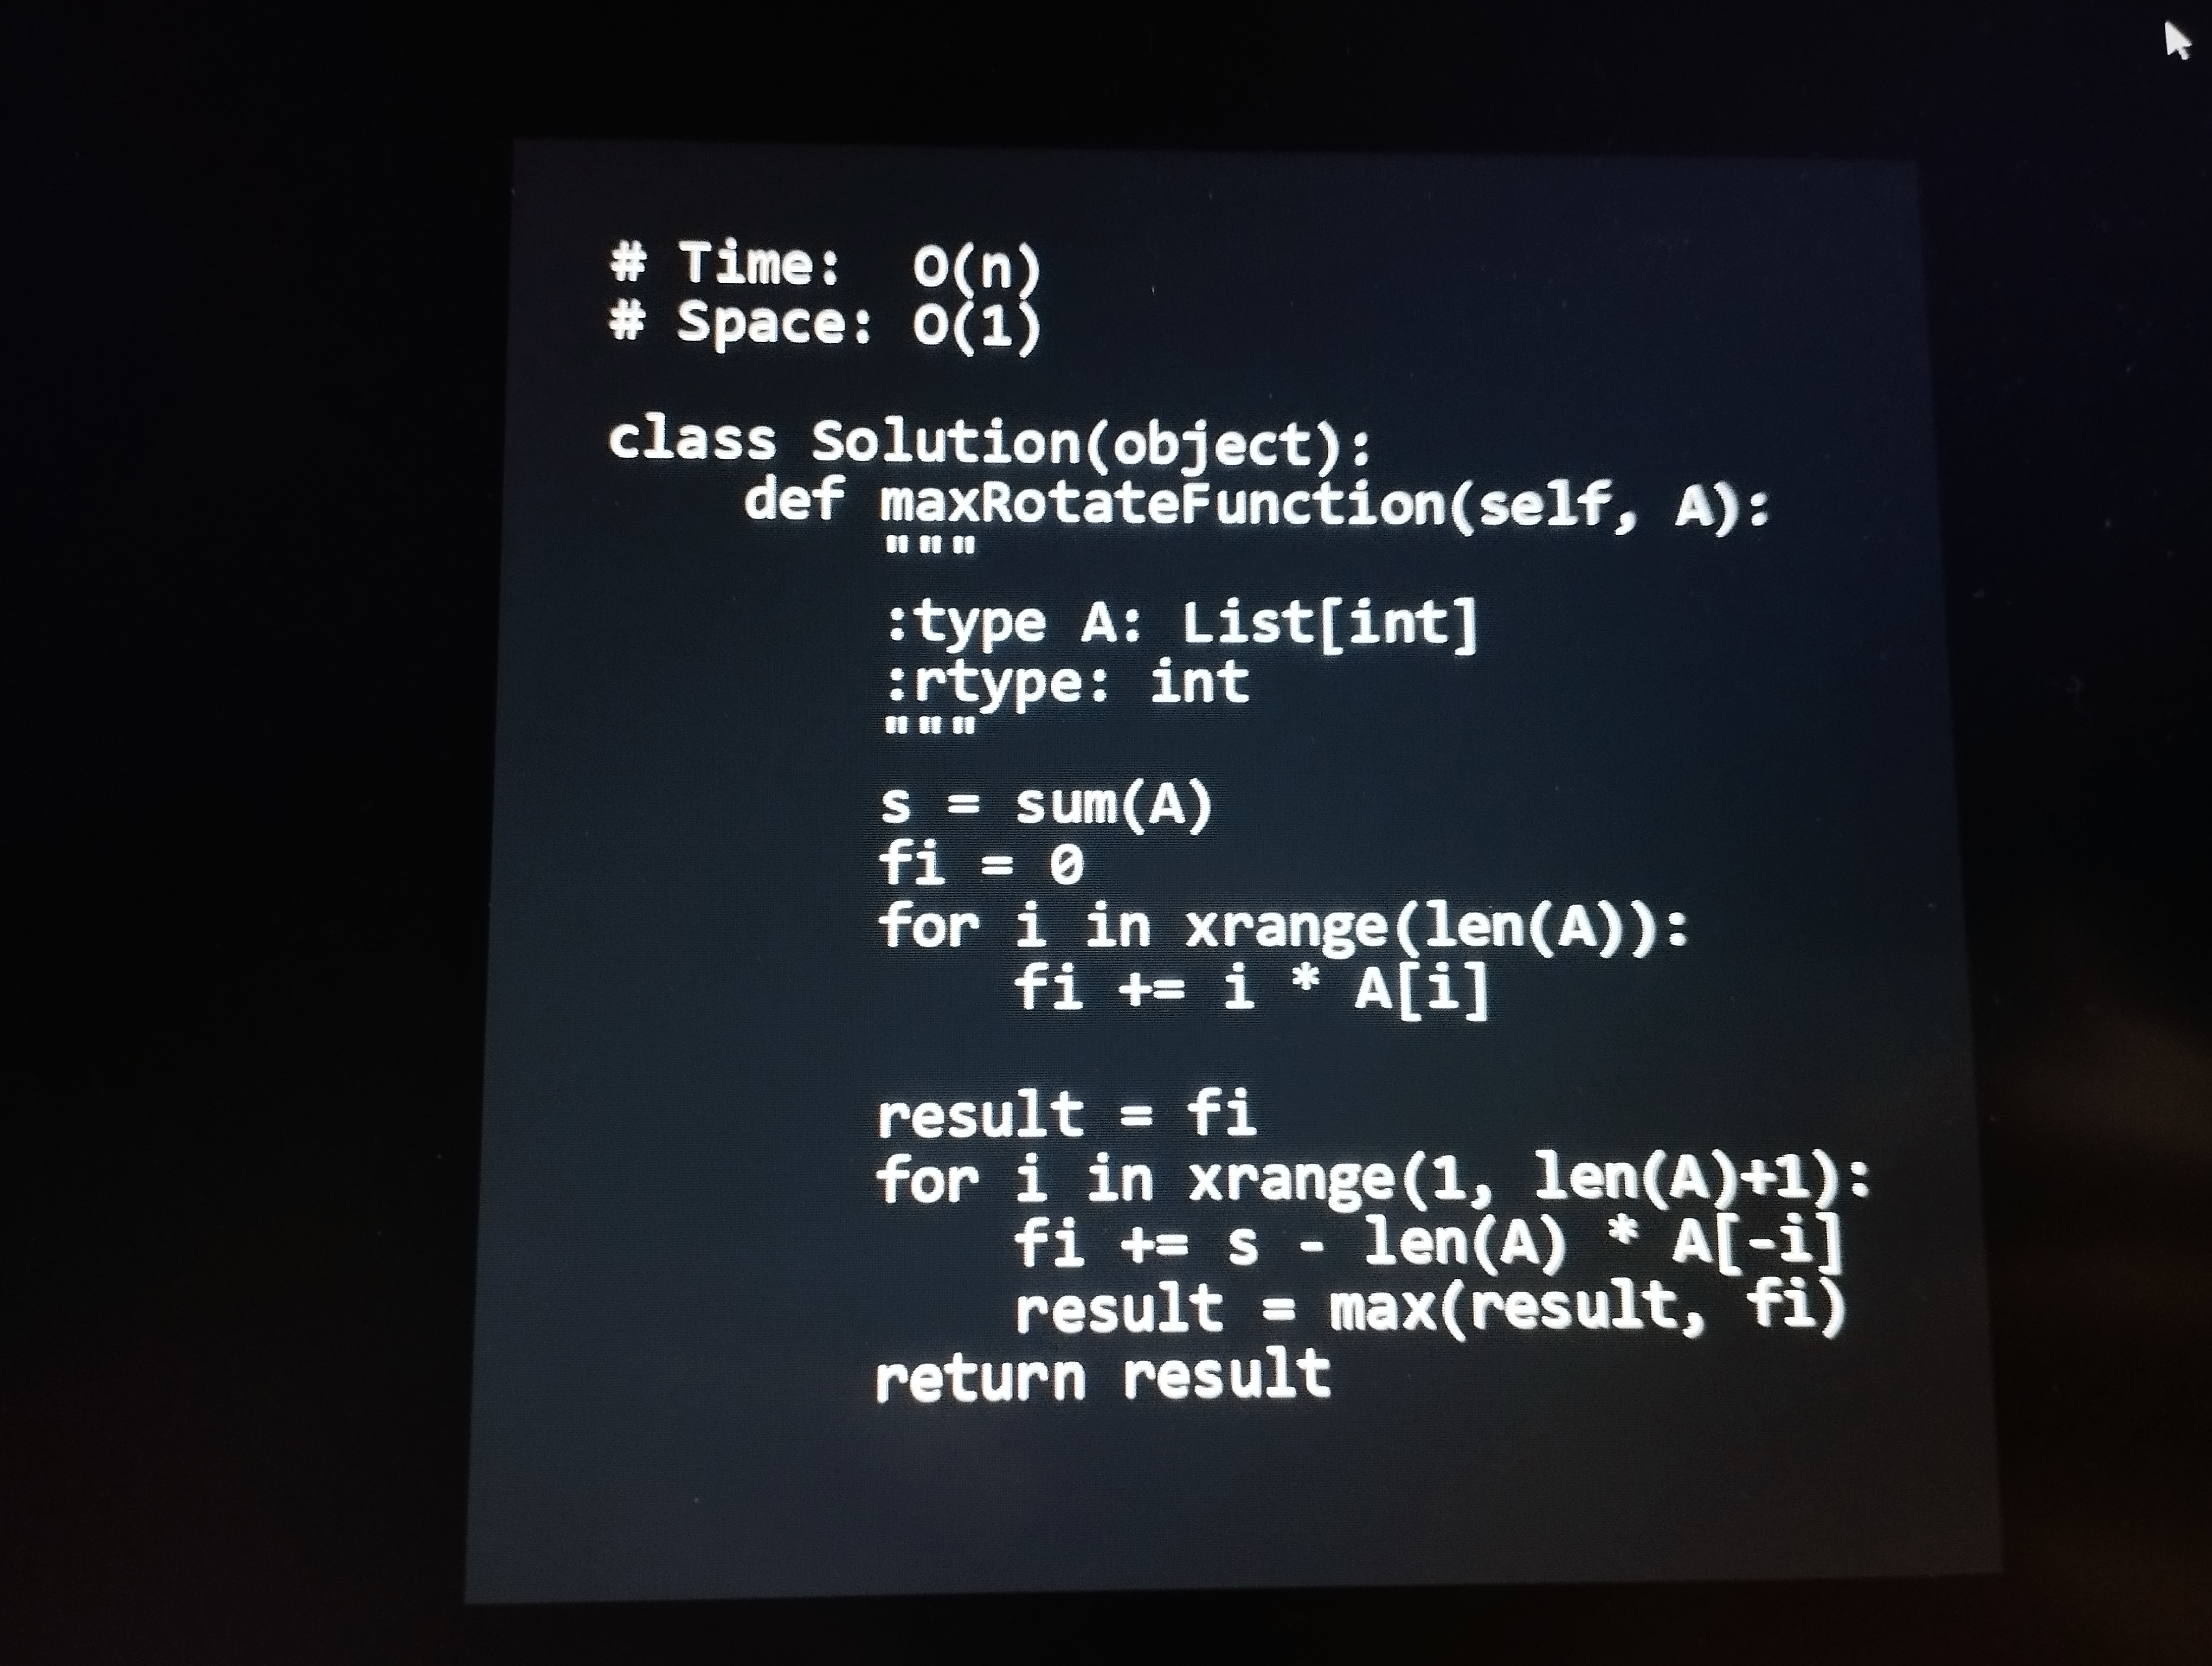
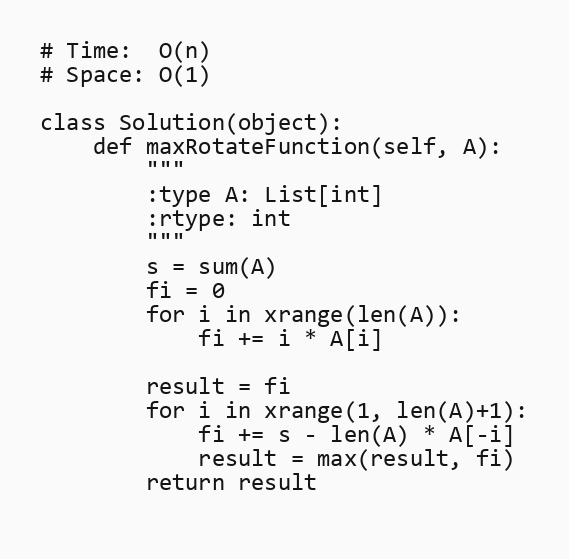
# Time:  O(n)
# Space: O(1)

class Solution(object):
    def maxRotateFunction(self, A):
        """
        :type A: List[int]
        :rtype: int
        """
        s = sum(A)
        fi = 0
        for i in xrange(len(A)):
            fi += i * A[i]

        result = fi
        for i in xrange(1, len(A)+1):
            fi += s - len(A) * A[-i]
            result = max(result, fi)
        return result